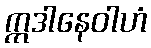
ဣဒါနေဝါဟံ